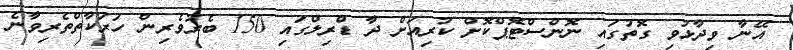
އޭނާ ވިދާޅުވި ގޮތުގައި ނޮންސްޓޮޕްކޮށް ކުރިއަށް ދާ ޑްރިލްގައި 150 ބެރުވެރިން ހަރަކާތްތެރިވާނެ